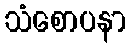
သံစောပနာ